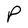
Character: P